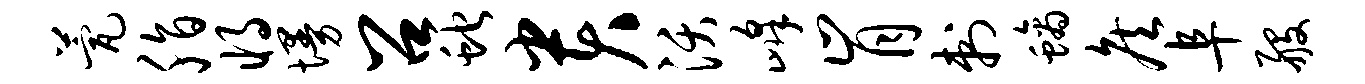
甍脂将墁召蛇贵沃峰肯刺螭侯阜般